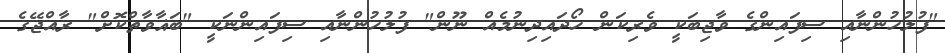
"ފުލުހުންނާއި ސިފައިންގެ ވާޖިބަކީ ވެރިކަން ހޯދައިދިނުމެއް ނޫން" ފުލުހުންނާއި ސިފައިންނަކީ "ބަޣާވާތްކޮށް" ރާއްޖޭގެ